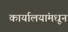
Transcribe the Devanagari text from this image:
कार्यालयांमधून